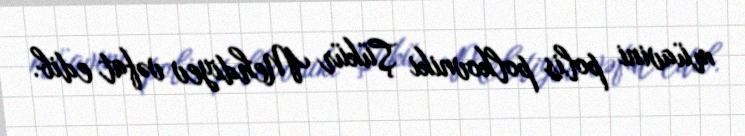
müavini polis polkovniki Şükür Mehdiyev vəfat edib.